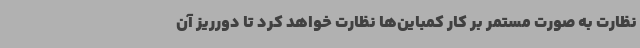
نظارت به صورت مستمر بر کار کمباین‌ها نظارت خواهد کرد تا دورریز آن